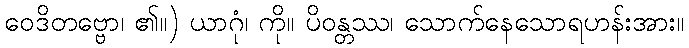
ဝေဒိတဗ္ဗော၊ ၏။) ယာဂုံ၊ ကို။ ပိဝန္တဿ၊ သောက်နေသောရဟန်းအား။